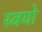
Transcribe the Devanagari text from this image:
स्वयो